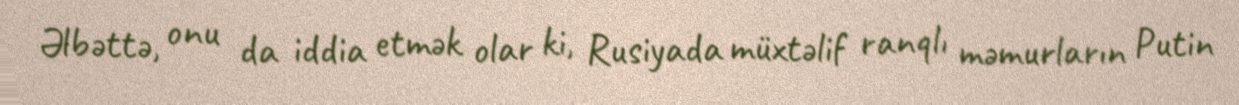
Əlbəttə, onu da iddia etmək olar ki, Rusiyada müxtəlif ranqlı məmurların Putin